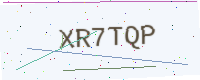
Text: XR7TQP